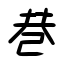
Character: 巷